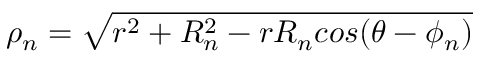
\rho _ { n } = \sqrt { r ^ { 2 } + R _ { n } ^ { 2 } - r R _ { n } c o s ( \theta - \phi _ { n } ) }